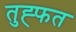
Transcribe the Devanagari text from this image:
तुह्फत